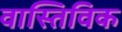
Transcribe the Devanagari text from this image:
वास्तिविक